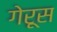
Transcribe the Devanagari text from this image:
गेरूस